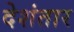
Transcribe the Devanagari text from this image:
देशंतार